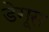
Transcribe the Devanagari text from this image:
डेगूस